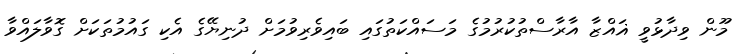
މޫން ވިދާޅުވީ ޣައްޒާ އާރާސްތުކުރުމުގެ މަސައްކަތުގައި ބައިވެރިވުމަށް ދުނިޔޭގެ އެކި ގައުމުތަކަށް ގޮވާލައްވާ